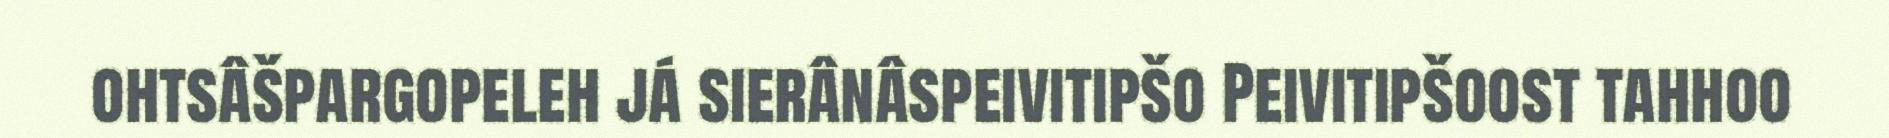
ohtsâšpargopeleh já sierânâspeivitipšo Peivitipšoost tahhoo